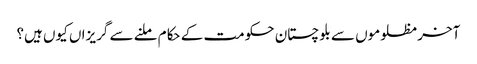
آخر مظلوموں سے بلوچستان حکومت کے حکام ملنے سے گریزاں کیوں ہیں؟